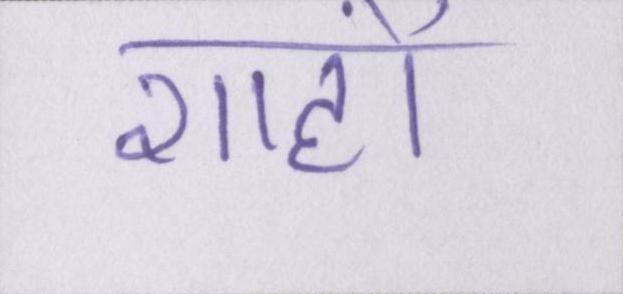
शाहों